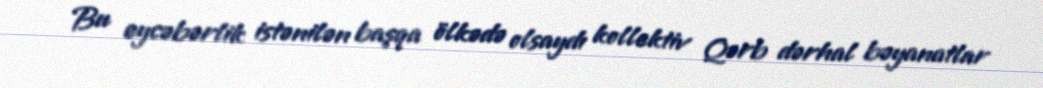
Bu eycəbərlik istənilən başqa ölkədə olsaydı kollektiv Qərb dərhal bəyanatlar